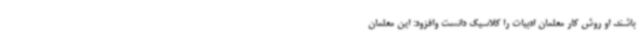
باشند. او روش کار معلمان ادبیات را کلاسیک دانست وافزود: این معلمان